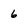
Character: 6